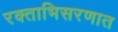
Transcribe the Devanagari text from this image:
रक्ताभिसरणात